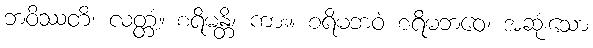
ဘဝိဿတိ၊ လတ္တံ့။ စရိမန္တိ၊ ကား။ စရိမဘဝံ စရိမဘဝေ၊ အဆုံးသော